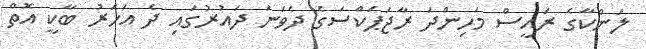
ލަންކާގެ ރައީސް މަހިންދަ ރާޖަޕަކްސަގެ ދެވަނަ ދައުރުގައި ދެ އަހަރު ބާކީ އޮތް